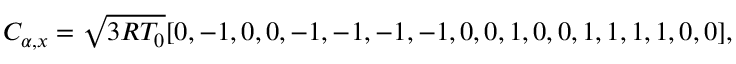
C _ { \alpha , x } = \sqrt { 3 R T _ { 0 } } [ 0 , - 1 , 0 , 0 , - 1 , - 1 , - 1 , - 1 , 0 , 0 , 1 , 0 , 0 , 1 , 1 , 1 , 1 , 0 , 0 ] ,